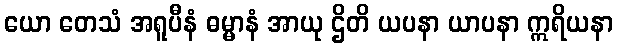
ယော တေသံ အရူပီနံ ဓမ္မာနံ အာယု ဌိတိ ယပနာ ယာပနာ ဣရိယနာ